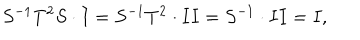
LaTeX: S ^ { - 1 } T ^ { 2 } S \cdot I = S ^ { - 1 } T ^ { 2 } \cdot I I = S ^ { - 1 } \cdot I I = I ,